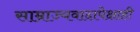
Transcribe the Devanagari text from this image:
साम्राज्यवादापेक्षाही